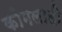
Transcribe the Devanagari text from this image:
कोमलाही